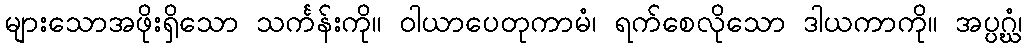
များသောအဖိုးရှိသော သင်္ကန်းကို။ ဝါယာပေတုကာမံ၊ ရက်စေလိုသော ဒါယကာကို။ အပ္ပဂ္ဃံ၊